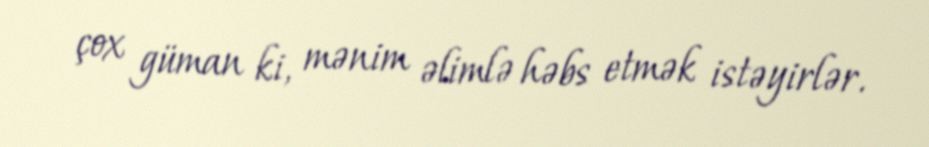
çox güman ki, mənim əlimlə həbs etmək istəyirlər.